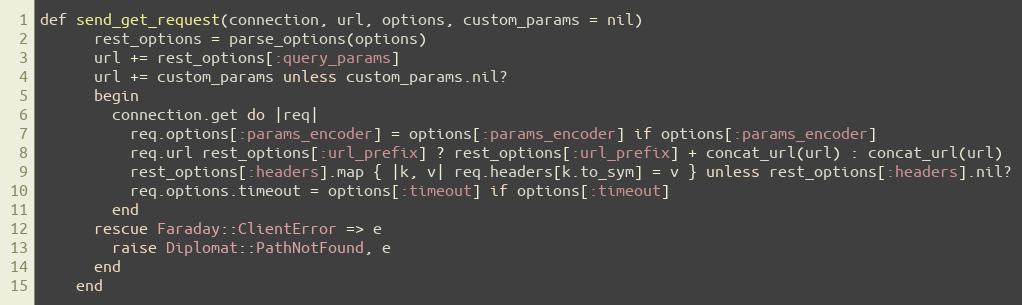
Language: Ruby
def send_get_request(connection, url, options, custom_params = nil)
      rest_options = parse_options(options)
      url += rest_options[:query_params]
      url += custom_params unless custom_params.nil?
      begin
        connection.get do |req|
          req.options[:params_encoder] = options[:params_encoder] if options[:params_encoder]
          req.url rest_options[:url_prefix] ? rest_options[:url_prefix] + concat_url(url) : concat_url(url)
          rest_options[:headers].map { |k, v| req.headers[k.to_sym] = v } unless rest_options[:headers].nil?
          req.options.timeout = options[:timeout] if options[:timeout]
        end
      rescue Faraday::ClientError => e
        raise Diplomat::PathNotFound, e
      end
    end